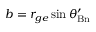
b = r _ { g e } \sin \theta _ { \mathrm { B n } } ^ { \prime }